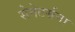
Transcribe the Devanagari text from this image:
सेनेटर्सना